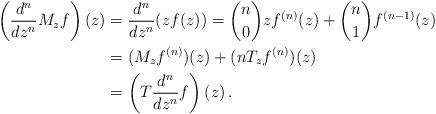
LaTeX: \begin{align*}\left(\frac{d^n}{dz^n}M_zf\right)(z)&=\frac{d^n}{dz^n}(zf(z))=\binom{n}{0}zf^{(n)}(z)+\binom{n}{1}f^{(n-1)}(z)\\&=(M_zf^{(n)})(z)+(n T_{z}f^{(n)})(z)\\&=\left(T\frac{d^n}{dz^n}f\right)(z)\,.\end{align*}